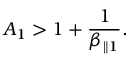
A _ { 1 } > 1 + \frac { 1 } { \beta _ { \parallel 1 } } .